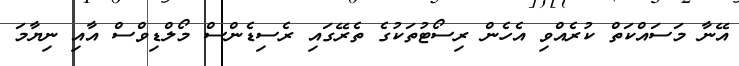
އޭނާ މަސައްކަތް ކުރެއްވި އެހެން ރިސޯޓުތަކުގެ ތެރޭގައި ރެސިޑެންސް މޯލްޑިވްސް އާއި ނިޔާމަ